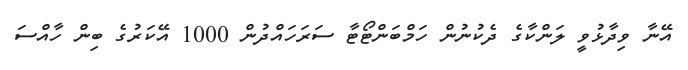
އޭނާ ވިދާޅުވީ ލަންކާގެ ދެކުނުން ހަމްބަންޓޯޓާ ސަރަހައްދުން 1000 އޭކަރުގެ ބިން ހާއްސަ